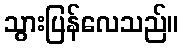
သွားပြန်လေသည်။